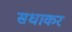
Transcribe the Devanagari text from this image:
सधाकर